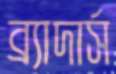
ব্র্যাদার্স